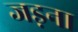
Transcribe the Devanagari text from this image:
जड़ना